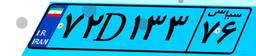
۷۲D۱۳۳۷۶